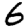
Digit: 6